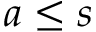
a \leq s